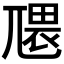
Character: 𭕑